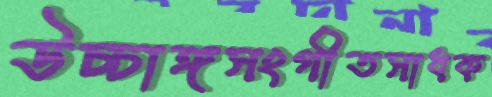
উচ্চাঙ্গসংগীতসাধক